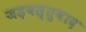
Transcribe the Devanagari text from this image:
जड़वस्तुवाद